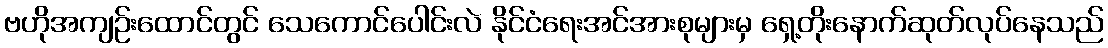
ဗဟိုအကျဉ်းထောင်တွင် သေကောင်ပေါင်းလဲ နိုင်ငံရေးအင်အားစုများမှ ရှေ့တိုးနောက်ဆုတ်လုပ်နေသည်